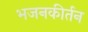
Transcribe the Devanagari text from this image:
भजनकीर्तन